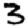
Digit: 3